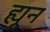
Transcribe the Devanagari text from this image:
ह्यून